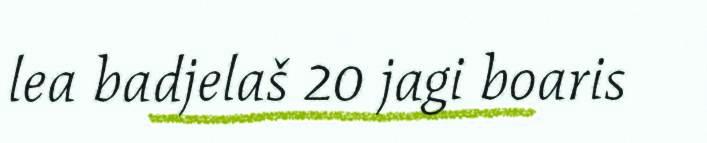
lea badjelaš 20 jagi boaris